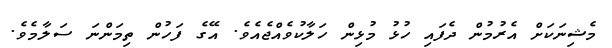
މެޝިނަަކަށް އެރުމުން ދެފައި ހުޅު މުޅިން ހަލާކުވެއްޖެއެވެ. އޭގެ ފަހުން ތިމަންނަ ސަލާމެވެ.